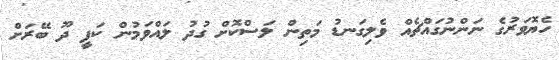
ހެޔޮވަރުގެ ނަންނުގައްޗެއް ވެލިގަނޑު މަތިން ލަސްކޮށް ގުދު ލައްވަމުން ކަފީ ދޫ ބޭރަށް